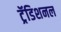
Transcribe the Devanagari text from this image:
ट्रॅडिशनल